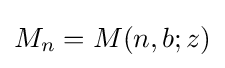
M_{n}=M(n,b;z)